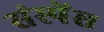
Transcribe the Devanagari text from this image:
संस्पेंस